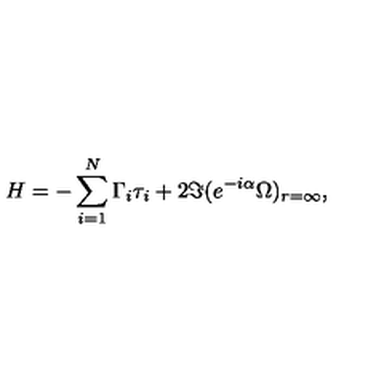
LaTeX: H = - \sum _ { i = 1 } ^ { N } \Gamma _ { i } \tau _ { i } + 2 \Im ( e ^ { - i \alpha } \Omega ) _ { r = \infty } ,